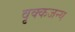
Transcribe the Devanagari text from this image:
वृक्कजन्य